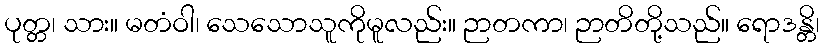
ပုတ္တ၊ သား။ မတံဝါ၊ သေသောသူကိုမူလည်း။ ဉာတကာ၊ ဉာတိတို့သည်။ ရောဒန္တိ၊